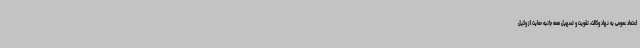
اعتماد عمومی به نهاد وکالت، تقویت و تسهیل همه جانبه حمایت از وکیل